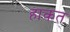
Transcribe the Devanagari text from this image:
हाकत